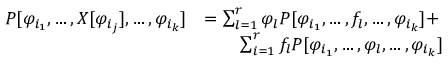
\begin{array} { r l } { P [ \varphi _ { i _ { 1 } } , \ldots , X [ \varphi _ { i _ { j } } ] , \ldots , \varphi _ { i _ { k } } ] } & { = \sum _ { l = 1 } ^ { r } \varphi _ { l } P [ \varphi _ { i _ { 1 } } , \ldots , f _ { l } , \ldots , \varphi _ { i _ { k } } ] + } \\ & { \qquad \sum _ { i = 1 } ^ { r } f _ { l } P [ \varphi _ { i _ { 1 } } , \ldots , \varphi _ { l } , \ldots , \varphi _ { i _ { k } } ] } \end{array}